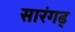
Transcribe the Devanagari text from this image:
सारंगढ्